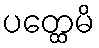
ပတ္ထေမိ